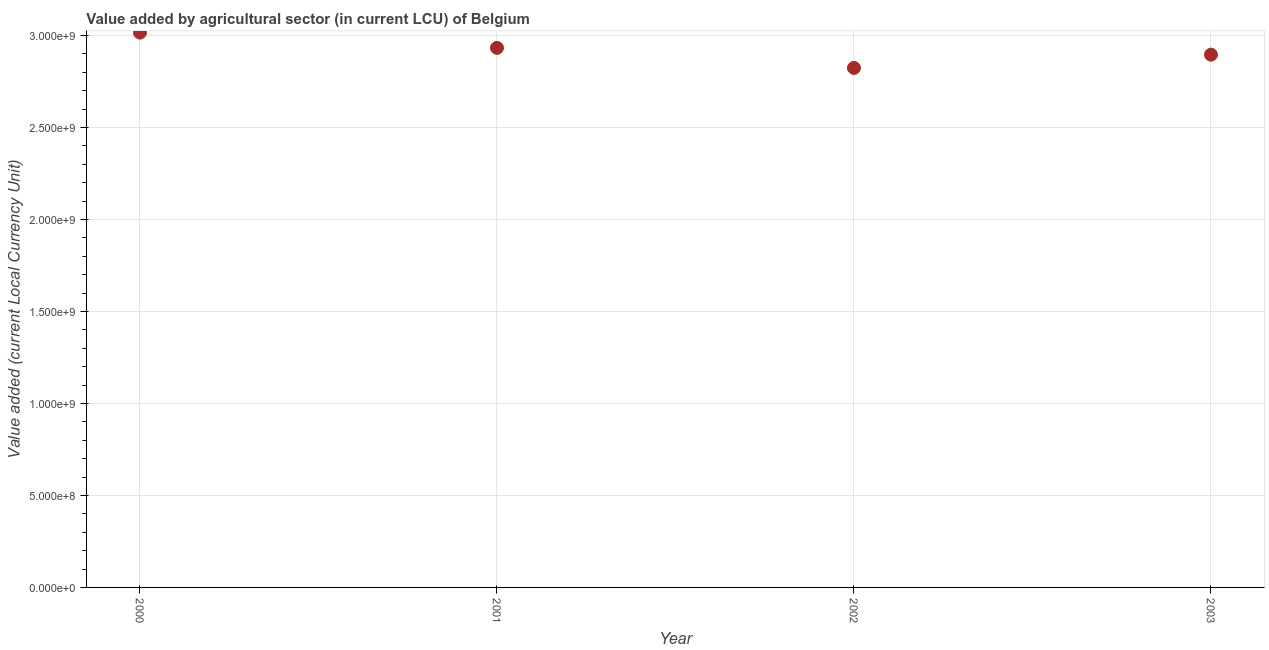
| Year | Agriculture |
 | --- | --- |
 | 2000 | 3.02e+09 |
 | 2001 | 2.93e+09 |
 | 2002 | 2.82e+09 |
 | 2003 | 2.9e+09 |